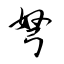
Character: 弩